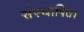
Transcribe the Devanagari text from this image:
संस्थापित।